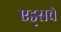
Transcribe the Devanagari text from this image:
एड्‌सचे